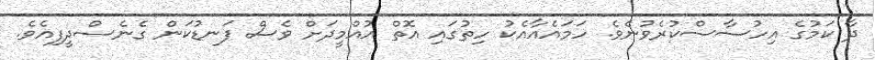
ދާ ކަމުގެ އިހުސާސްކުރެވުނެވެ. ހަމައެއާއެކު ހިތުގައި އޮތް އުއްމީދަށް ވެސް ފަނޑުކަން ގެނެސްދީފިއެވެ.